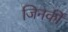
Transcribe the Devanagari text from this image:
जिनकीं